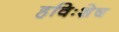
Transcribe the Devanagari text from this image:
हविःशेष